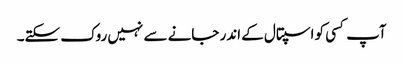
آپ کسی کو اسپتال کے اندر جانے سے نہیں روک سکتے۔